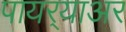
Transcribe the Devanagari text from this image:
पायर्‍याअर